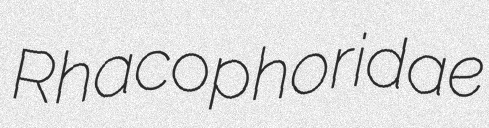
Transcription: Rhacophoridae